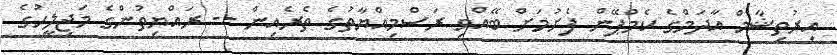
އިރުތިޝާމް އާދަމްގެ ކެމްޕޭން ފެށުމަށް ބޭއްވި ރަސްމިއްޔާތުގެ ތެރެއިން -- ރައްޔިތުންގެ މަޖިލީހުގެ